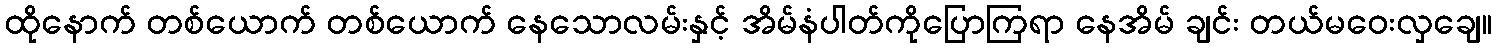
ထိုနောက် တစ်ယောက် တစ်ယောက် နေသောလမ်းနှင့် အိမ်နံပါတ်ကိုပြောကြရာ နေအိမ် ချင်း တယ်မဝေးလှချေ။